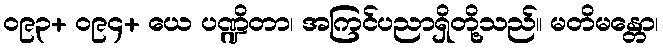
၀၉၃+ ၀၉၄+ ယေ ပဏ္ဍိတာ၊ အကြင်ပညာရှိတို့သည်။ မတိမန္တော၊